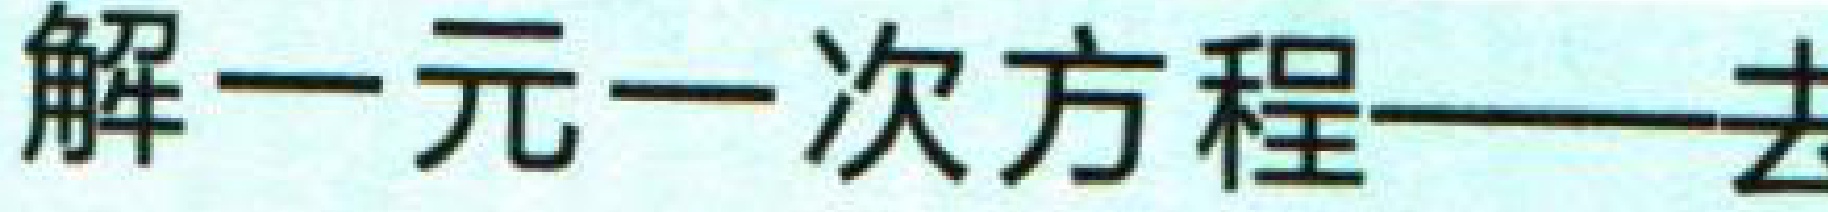
解一元一次方程——去